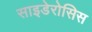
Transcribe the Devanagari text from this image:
साइडेरोसिस